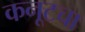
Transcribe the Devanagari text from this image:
कनूटचा